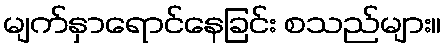
မျက်နှာရောင်နေခြင်း စသည်များ။